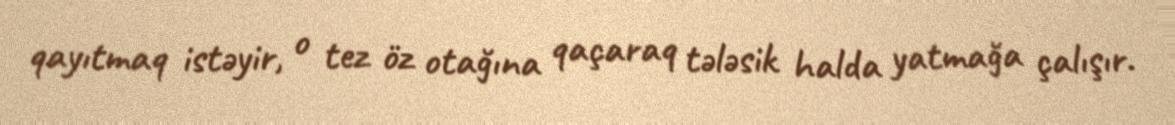
qayıtmaq istəyir, o tez öz otağına qaçaraq tələsik halda yatmağa çalışır.